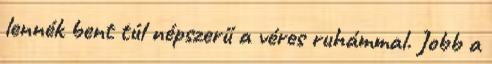
lennék bent túl népszerű a véres ruhámmal. Jobb a